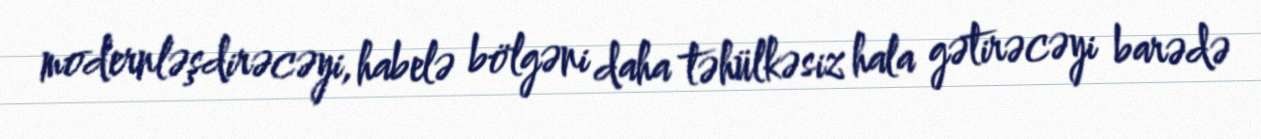
modernləşdirəcəyi, habelə bölgəni daha təhülkəsiz hala gətirəcəyi barədə